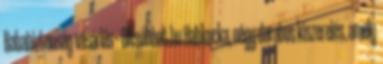
Bababiztonság vásárlás – Olcsóbbat.hu Habkocka, négy darabos kiszerelés, amely